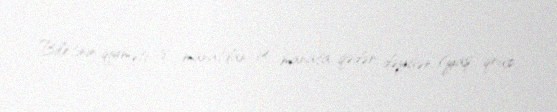
Biletinin qiyməti 8 manatdan 14 manata qədər dəyişən (yaş, qrup